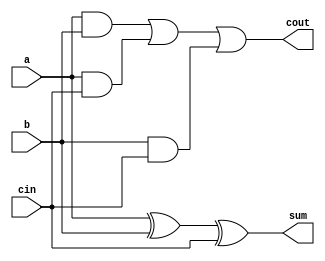
module FullAdder(
    input a,
    input b,
    input cin,
    output sum,
    output cout
);

assign sum = a ^ b ^ cin;
assign cout = (a & b) | (a & cin) | (b & cin);

endmodule